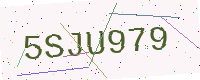
Text: 5SJU979